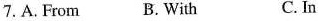
7.A.From B. With C. In